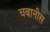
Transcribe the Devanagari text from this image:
चबानीस